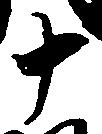
十